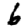
Digit: 6